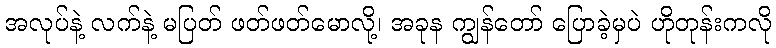
အလုပ်နဲ့ လက်နဲ့ မပြတ် ဖတ်ဖတ်မောလို့၊ အခုန ကျွန်တော် ပြောခဲ့မှပဲ ဟိုတုန်းကလို